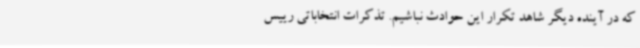
که در آینده دیگر شاهد تکرار این حوادث نباشیم. تذکرات انتخاباتی رییس